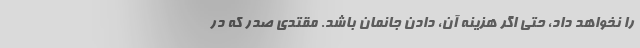
را نخواهد داد، حتی اگر هزینه آن، دادن جانمان باشد. مقتدی صدر که در